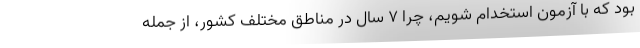
بود که با آزمون استخدام شویم، چرا ۷ سال در مناطق مختلف کشور، از جمله